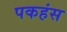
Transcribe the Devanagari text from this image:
पकहंस